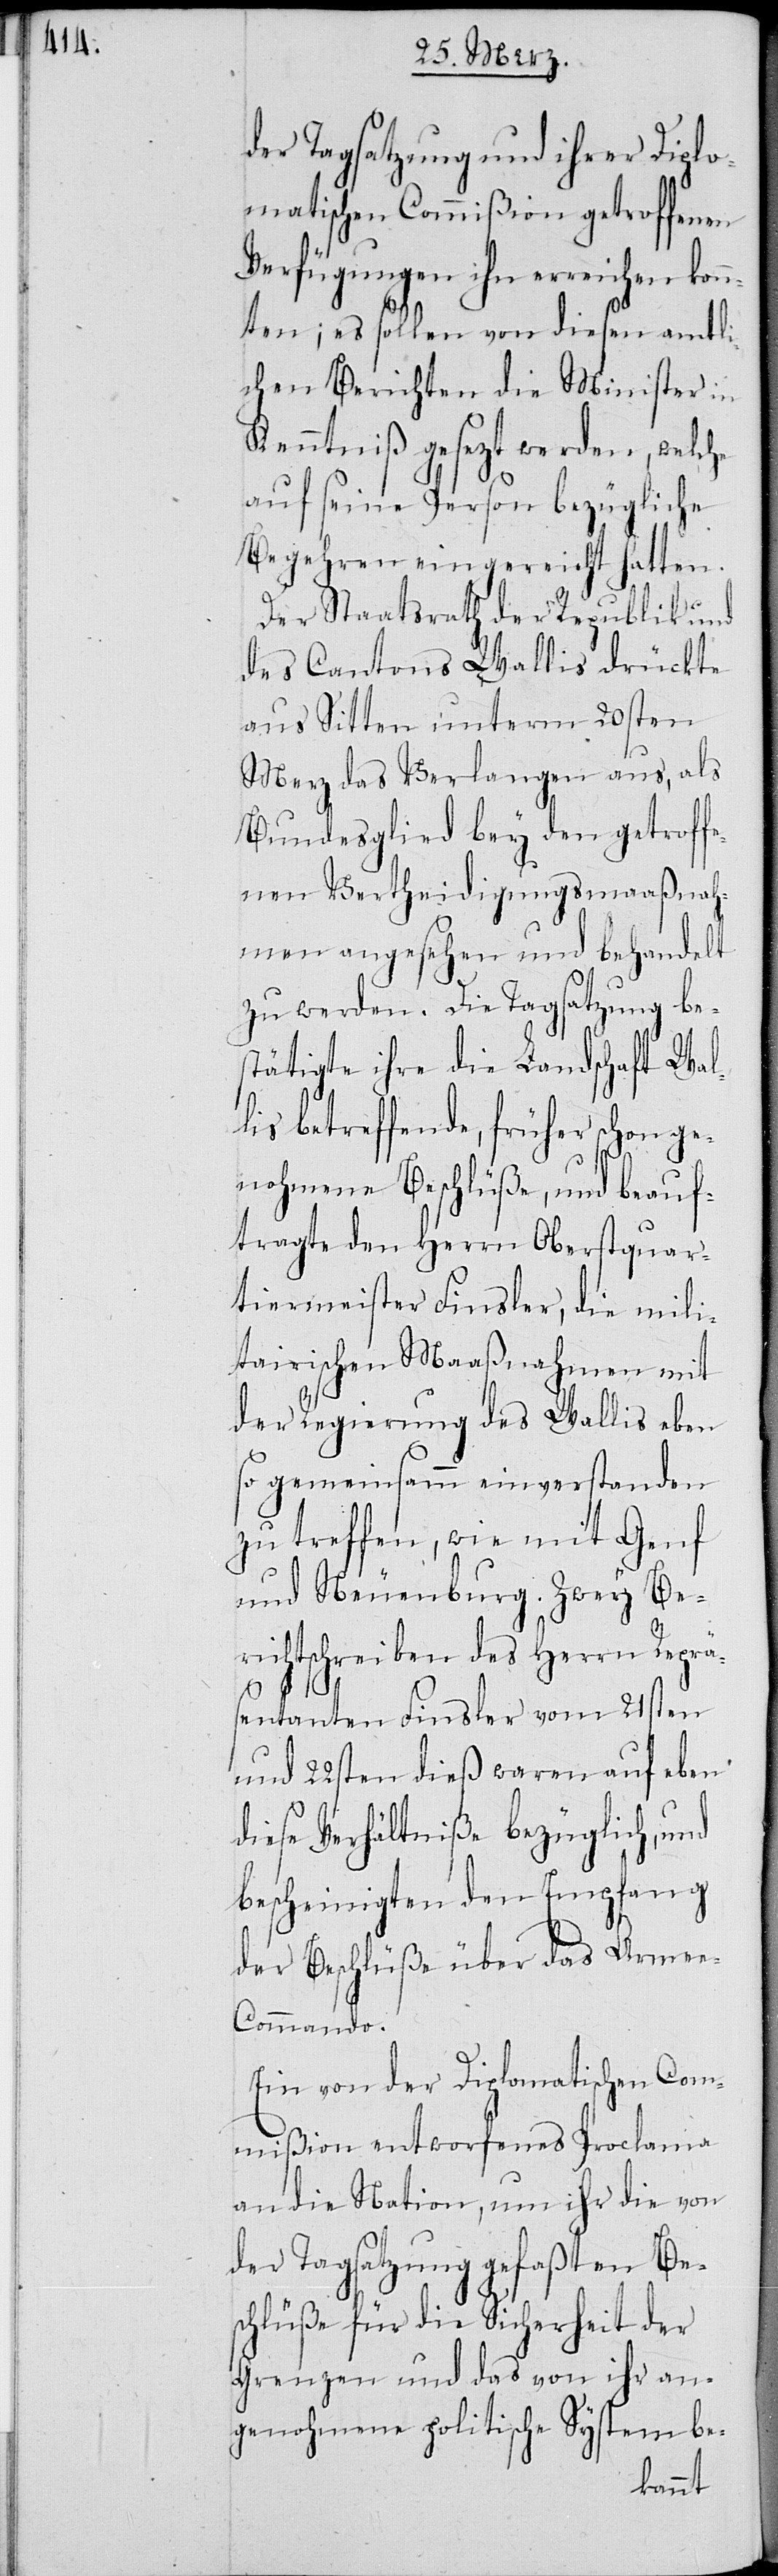
der Tagsatzung und ihrer Diplo¬
matischen Commißion getroffenen
Verfügungen ihn erreichen
en; es sollen von diesen amtli¬
chen Berichten die Minister in
Kenntniß gesetzt werden, welche
auf seine Person bezügliche
Begehren eingereicht hatten.
Der Staatsrath der Republik und
des Cantons Wallis drückte
aus Sitten unterm 20sten
Merz das Verlangen aus, als
Bundesmitglied bey den getroffe¬
nen Vertheidigungsmaaßnah¬
men angesehen und behandelt
zu werden. Die Tagsatzung be¬
stätigte ihre die Landschaft Wal¬
lis betreffende, früher schon ge¬
nohmenen Beschlüße, und beauf¬
tragte den Herrn Oberstquar¬
tiermeister Finsler, die mili¬
tairischen Maßnahmen mit
der Regierung des Wallis eben
so gemeinsamm einverstanden
zu treffen, wie mit Genf
und Neuenburg. Zwey Ber¬
ichtschreiben des Herrn Reprä¬
sentanten Finsler vom 21sten
und 22sten dieß waren auf eben
diese Verhältniße bezüglich, und
bescheinigten den Empfang
der Beschlüße über das Arme¬
e-Commando.
Ein von der Diplomatischen Com¬
mißion entworfenes Proclama
an die Nation, um ihr die von
der Tagsatzung gefaßten Be¬
schlüße für die Sicherheit der
Grenzen und das von ihr an¬
genohmene politische System be-
konnt¬